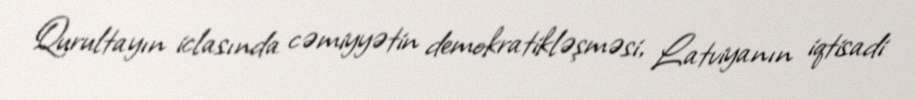
Qurultayın iclasında cəmiyyətin demokratikləşməsi, Latviyanın iqtisadi